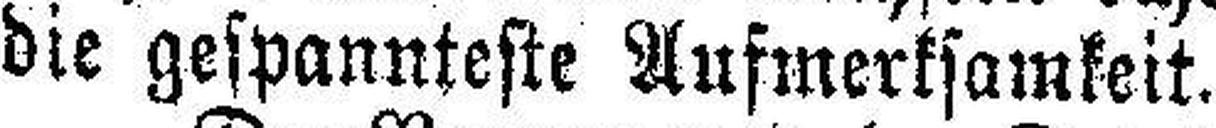
die gespannteste Aufmerksamkeit.